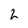
Character: 2